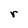
Character: r